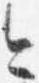
今